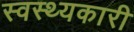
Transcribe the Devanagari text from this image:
स्वस्थ्यकारी